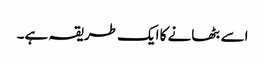
اسے بٹھانے کا ایک طریقہ ہے۔